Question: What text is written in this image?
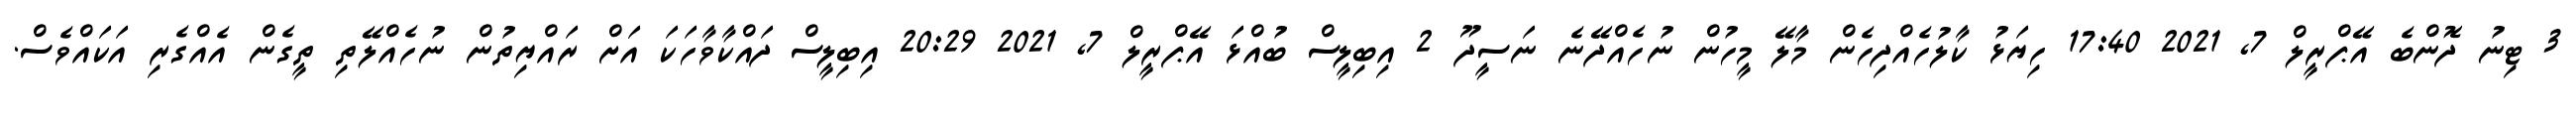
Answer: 3 ޓިނު ދޮންބެ އޭޕްރީލް 7, 2021 17:40 ހިޔަޅު ކާލުހެއްދިހެން މާލޭ މީހުން ނުހެއްދޭނެ ނަސީދޫ 2 އިބިލީސް ބުއްޅަ އޭޕްރީލް 7, 2021 20:29 އިބިލީސް ދައްކާވާހަކަ އަށް ރައްޔިތުން ނުހެއްލޭތި ތީގެން އެއްގެރި އަކައްވެސް.